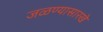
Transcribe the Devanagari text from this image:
जळण्यासारखे